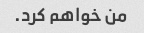
من خواهم کرد.